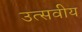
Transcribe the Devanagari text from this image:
उत्सवीय